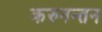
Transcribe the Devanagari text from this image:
करुनन्तन